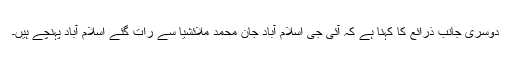
دوسری جانب ذرائع کا کہنا ہے کہ آئی جی اسلام آباد جان محمد ملائشیا سے رات گئے اسلام آباد پہنچے ہیں۔